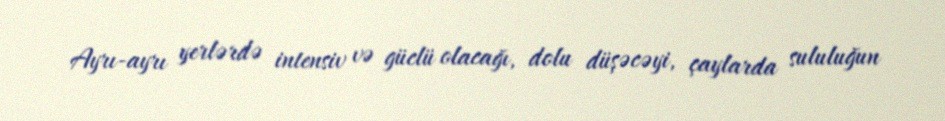
Ayrı-ayrı yerlərdə intensiv və güclü olacağı, dolu düşəcəyi, çaylarda sululuğun